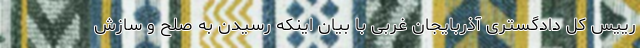
رییس کل دادگستری آذربایجان غربی با بیان اینکه رسیدن به صلح و سازش